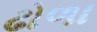
ઢોળા